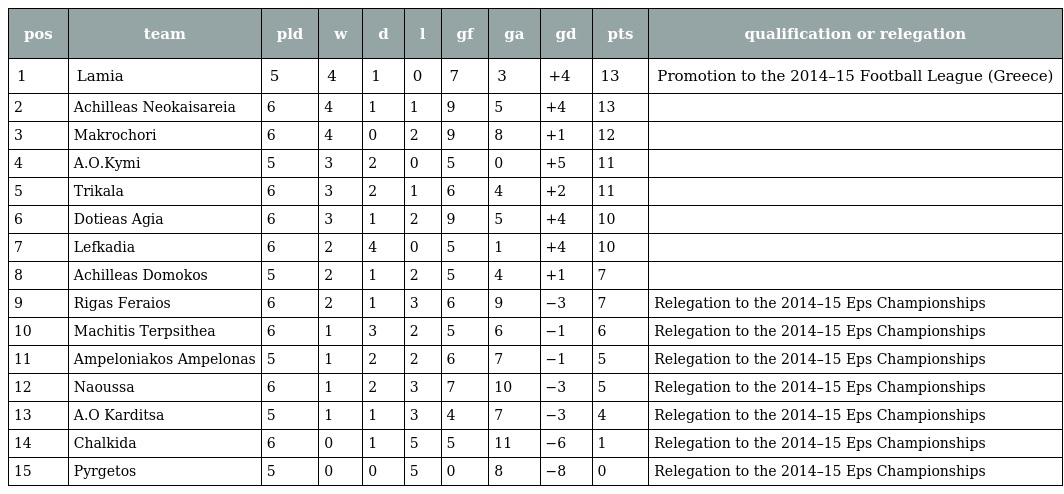
| pos | team | pld | w | d | l | gf | ga | gd | pts | qualification or relegation |
 | --- | --- | --- | --- | --- | --- | --- | --- | --- | --- | --- |
 | 1 | Lamia | 5 | 4 | 1 | 0 | 7 | 3 | +4 | 13 | Promotion to the 2014–15 Football League (Greece) |
 | 2 | Achilleas Neokaisareia | 6 | 4 | 1 | 1 | 9 | 5 | +4 | 13 |  |
 | 3 | Makrochori | 6 | 4 | 0 | 2 | 9 | 8 | +1 | 12 |  |
 | 4 | A.O.Kymi | 5 | 3 | 2 | 0 | 5 | 0 | +5 | 11 |  |
 | 5 | Trikala | 6 | 3 | 2 | 1 | 6 | 4 | +2 | 11 |  |
 | 6 | Dotieas Agia | 6 | 3 | 1 | 2 | 9 | 5 | +4 | 10 |  |
 | 7 | Lefkadia | 6 | 2 | 4 | 0 | 5 | 1 | +4 | 10 |  |
 | 8 | Achilleas Domokos | 5 | 2 | 1 | 2 | 5 | 4 | +1 | 7 |  |
 | 9 | Rigas Feraios | 6 | 2 | 1 | 3 | 6 | 9 | −3 | 7 | Relegation to the 2014–15 Eps Championships |
 | 10 | Machitis Terpsithea | 6 | 1 | 3 | 2 | 5 | 6 | −1 | 6 | Relegation to the 2014–15 Eps Championships |
 | 11 | Ampeloniakos Ampelonas | 5 | 1 | 2 | 2 | 6 | 7 | −1 | 5 | Relegation to the 2014–15 Eps Championships |
 | 12 | Naoussa | 6 | 1 | 2 | 3 | 7 | 10 | −3 | 5 | Relegation to the 2014–15 Eps Championships |
 | 13 | A.O Karditsa | 5 | 1 | 1 | 3 | 4 | 7 | −3 | 4 | Relegation to the 2014–15 Eps Championships |
 | 14 | Chalkida | 6 | 0 | 1 | 5 | 5 | 11 | −6 | 1 | Relegation to the 2014–15 Eps Championships |
 | 15 | Pyrgetos | 5 | 0 | 0 | 5 | 0 | 8 | −8 | 0 | Relegation to the 2014–15 Eps Championships |